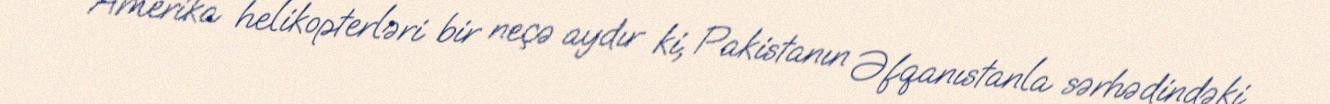
Amerika helikopterləri bir neçə aydır ki, Pakistanın Əfqanıstanla sərhədindəki